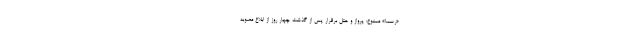
«رسما» ممنوع؛ پرواز و هتل برقرار پس از گذشت چهار روز از ابلاغ مصوبه